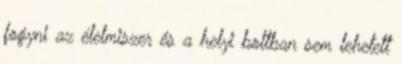
fogyni az élelmiszer és a helyi boltban sem lehetett